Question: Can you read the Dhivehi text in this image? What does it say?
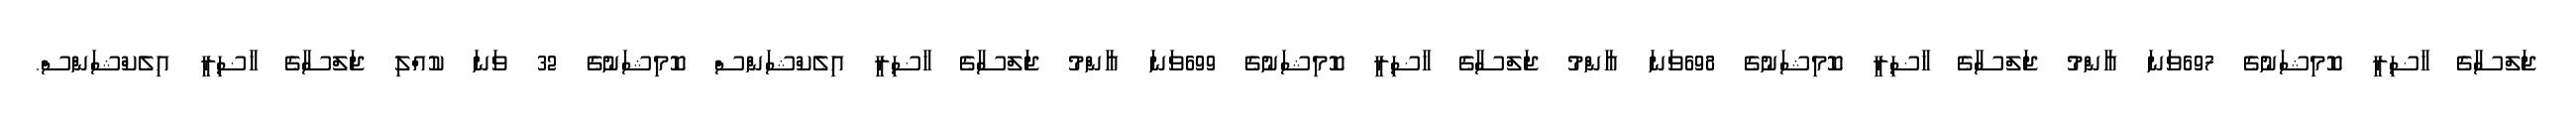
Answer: ޖަލްސާގެ ހާޟިރީ ކޮމިޝަނުގެ 697ވަނަ ޢާންްމު ޖަލްސާގެ ހާޟިރީ ކޮމިޝަނުގެ 698ވަނަ ޢާންްމު ޖަލްސާގެ ހާޟިރީ ކޮމިޝަނުގެ 699ވަނަ ޢާންްމު ޖަލްސާގެ ހާޟިރީ އިލެކްޝަންސް ކޮމިޝަނުގެ 32 ވަނަ ކުއްލި ޖަލްސާގެ ހާޟިރީ އިލެކްޝަންސް.